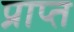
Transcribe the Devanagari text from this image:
प्राप्त